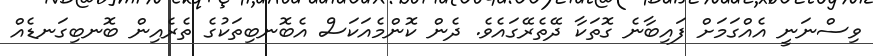
ވިސްނަނީ އެއްގަމަށް ފައިބާނެ ގޮތަކާ ދޭތެރޭގައެވެ. ދެން ކޮންމެއަކަސް އެބޮނބިތަކުގެ ތެރެއިން ބޮނބިގަނޑެއް